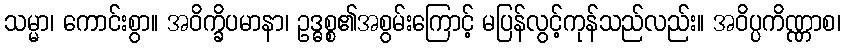
သမ္မာ၊ ကောင်းစွာ။ အဝိက္ခိပမာနာ၊ ဥဒ္ဓစ္စ၏အစွမ်းကြောင့် မပြန်လွင့်ကုန်သည်လည်း။ အဝိပ္ပကိဏ္ဏာစ၊